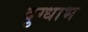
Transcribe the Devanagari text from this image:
दुग्धाभ